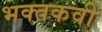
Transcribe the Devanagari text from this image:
भक्तकवी